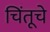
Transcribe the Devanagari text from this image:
चिंतूचे